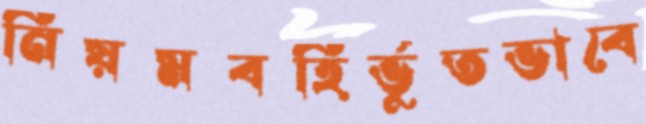
নিয়মবহির্ভুতভাবে